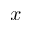
x